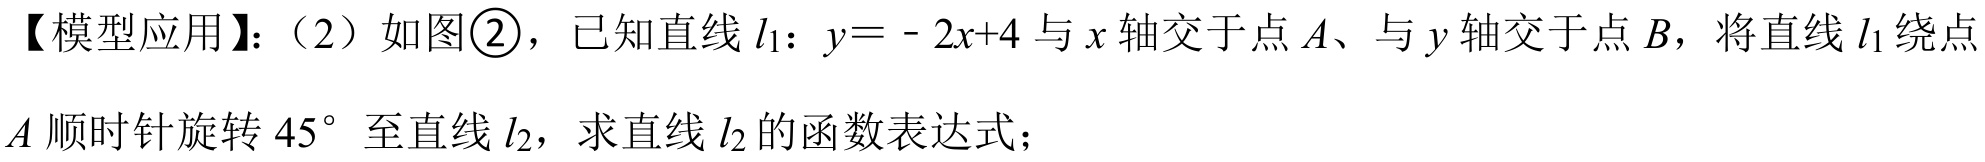
【模型应用】：（2）如图\textcircled{2}，已知直线\(l_{1}\)：\(y = - 2x + 4\)与\(x\)轴交于点\(A\)、与\(y\)轴交于点\(B\)，将直线\(l_{1}\)绕点\(A\)顺时针旋转\(45^{\circ}\)至直线\(l_{2}\)，求直线\(l_{2}\)的函数表达式；